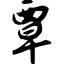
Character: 覃